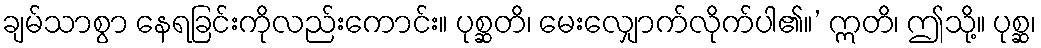
ချမ်သာစွာ နေရခြင်းကိုလည်းကောင်း။ ပုစ္ဆတိ၊ မေးလျှောက်လိုက်ပါ၏။’ ဣတိ၊ ဤသို့။ ပုစ္ဆ၊